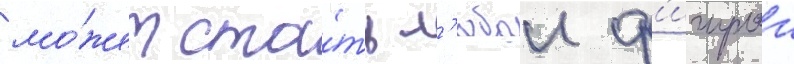
мо́жет ста́ть л'юбои ф'игурои